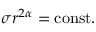
\sigma r ^ { 2 \alpha } = \mathrm { c o n s t } .